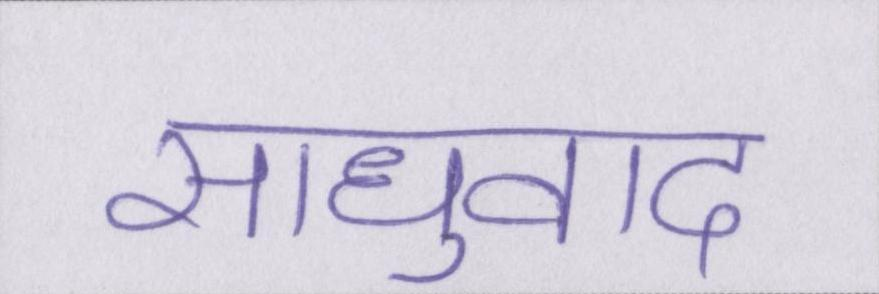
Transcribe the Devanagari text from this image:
साधुवाद